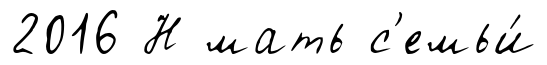
2016 Н мать с'емьи́